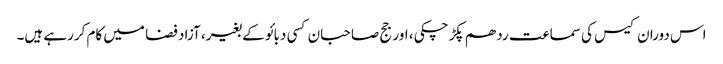
اس دوران کیس کی سماعت ردھم پکڑچکی ، اور جج صاحبان کسی دبائو کے بغیر، آزاد فضا میں کام کررہے ہیں۔